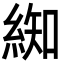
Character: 𮈚